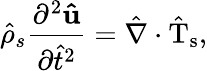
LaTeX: \hat{\rho}_{s}\frac{\partial^{2}\mathbf{\hat{u}}}{\partial\hat{t}^{2}}=\hat{\nabla}\cdot\mathrm{\hat{T}_{s}},